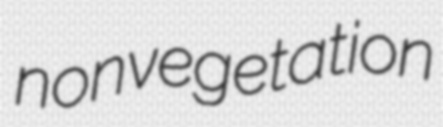
nonvegetation